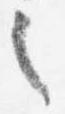
之